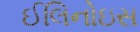
ઈલિનોઇસ